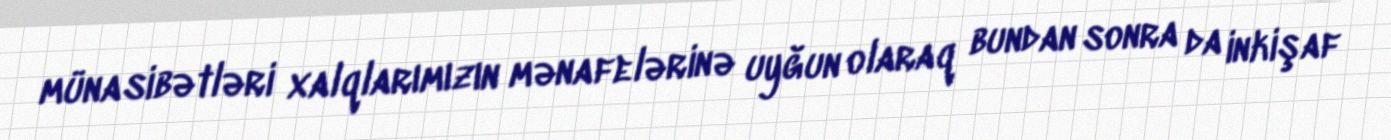
münasibətləri xalqlarımızın mənafelərinə uyğun olaraq bundan sonra da inkişaf